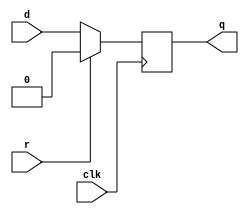
module top_module (
    input clk,
    input d, 
    input r,   // synchronous reset
    output q);
    always @(posedge clk)
        q <=  r?0:d;

endmodule